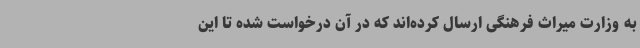
به وزارت میراث فرهنگی ارسال کرده‌اند که در آن درخواست شده تا این